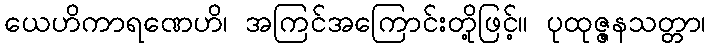
ယေဟိကာရဏေဟိ၊ အကြင်အကြောင်းတို့ဖြင့်။ ပုထုဇ္ဇနသတ္တာ၊